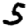
Digit: 5